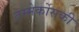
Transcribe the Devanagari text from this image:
तम्मेर्कोसकी